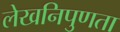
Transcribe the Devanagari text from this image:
लेखनिपुणता